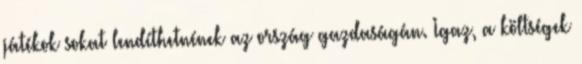
játékok sokat lendíthetnének az ország gazdaságán. Igaz, a költségek